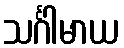
သင်္ဂါမာယ